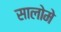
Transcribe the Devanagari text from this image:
सालोमे